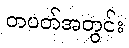
တပတ်အတွင်း